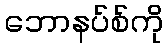
ဘောနပ်စ်ကို